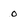
Character: 0